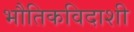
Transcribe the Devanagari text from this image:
भौतिकविदाशी